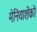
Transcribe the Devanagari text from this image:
मेनियाशेंको